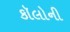
કૉલોની